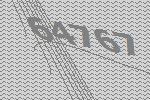
64767